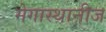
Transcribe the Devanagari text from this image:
मेगास्थानीज